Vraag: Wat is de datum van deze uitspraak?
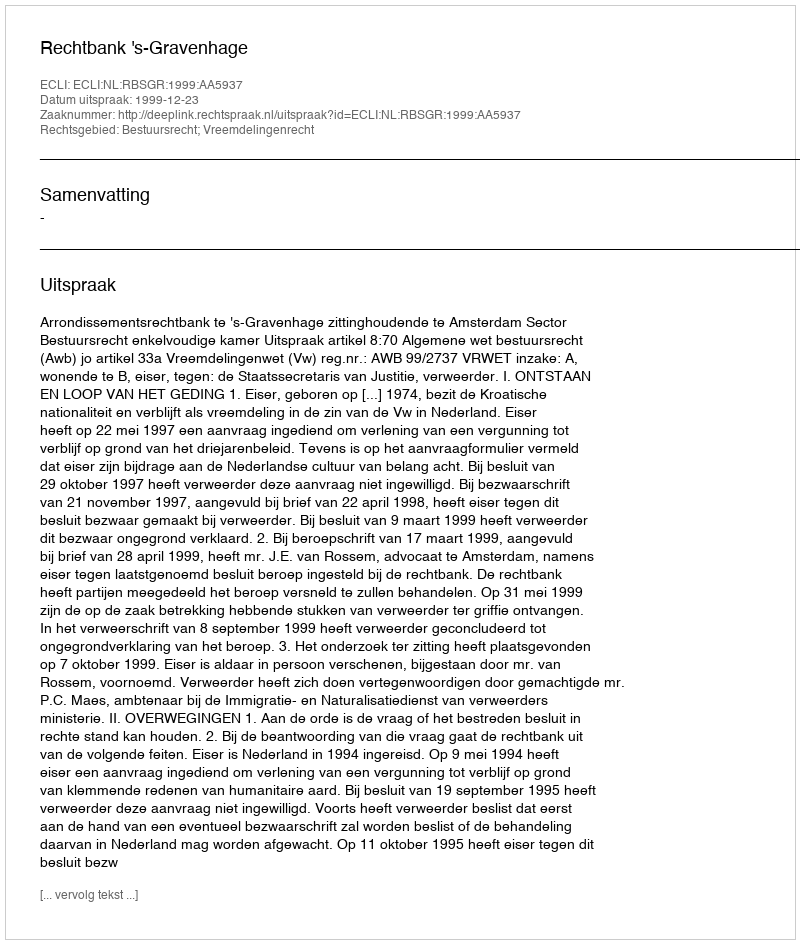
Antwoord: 1999-12-23